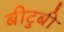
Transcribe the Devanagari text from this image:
बीटुबी